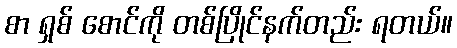
စာ ရှစ် စောင်ကို တစ်ပြိုင်နက်တည်း ရတယ်။